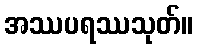
အဿပရဿသုတ်။